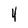
Character: 4